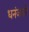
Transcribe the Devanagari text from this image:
धनंजयने